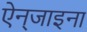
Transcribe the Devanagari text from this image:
ऐन्‌जाइना